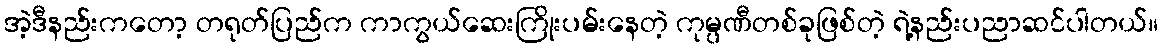
အဲ့ဒီနည်းကတော့ တရုတ်ပြည်က ကာကွယ်ဆေးကြိုးပမ်းနေတဲ့ ကုမ္ပဏီတစ်ခုဖြစ်တဲ့ ရဲ့နည်းပညာဆင်ပါတယ်။